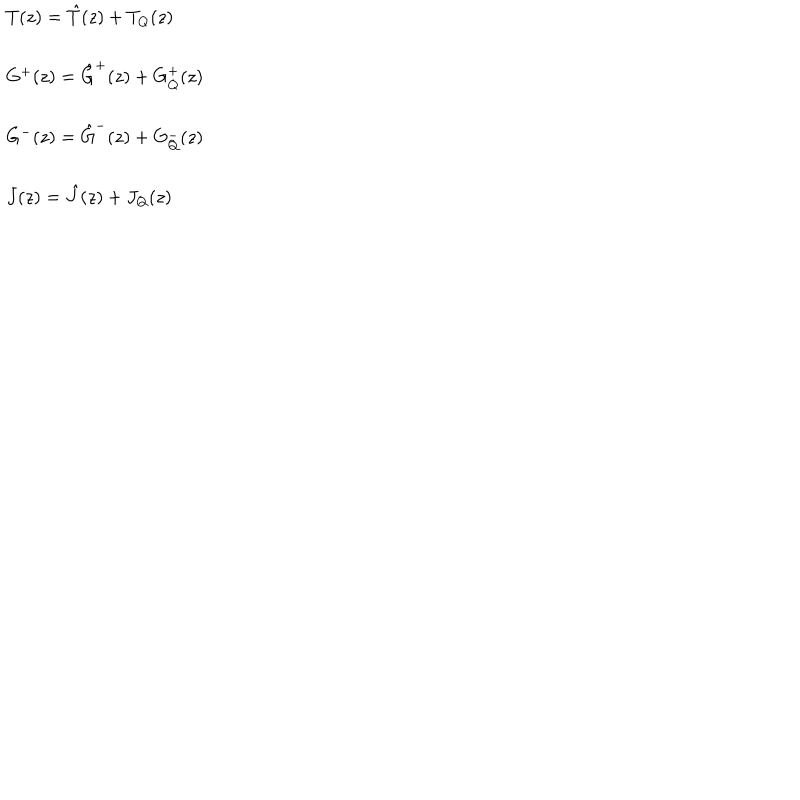
LaTeX: \begin{array} { l } { { T ( z ) = \hat { T } ( z ) + T _ { Q } ( z ) } } \\ { { \ } } \\ { { G ^ { + } ( z ) = \hat { G } ^ { + } ( z ) + G _ { Q } ^ { + } ( z ) } } \\ { { \ } } \\ { { G ^ { - } ( z ) = \hat { G } ^ { - } ( z ) + G _ { Q } ^ { - } ( z ) } } \\ { { \ } } \\ { { J ( z ) = \hat { J } ( z ) + J _ { Q } ( z ) } } \\ \end{array}